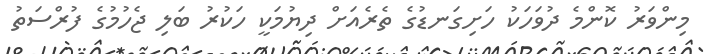
މިންވަރު ކޮންމެ ދުވަހަކު ހަށިގަނޑުގެ ތެރެއަށް ދިޔުމަކީ ހަކުރު ބަލި ޖެހުމުގެ ފުރްސަތު